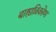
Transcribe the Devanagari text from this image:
बाह्यत्रिकोण